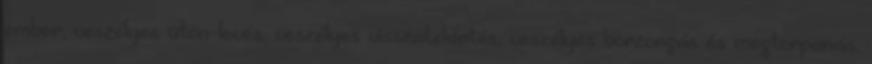
ember, veszélyes úton-levés, veszélyes visszatekintés, veszélyes borzongás és megtorpanás.